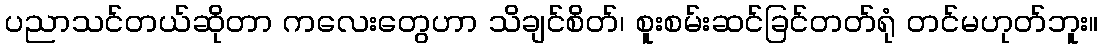
ပညာသင်တယ်ဆိုတာ ကလေးတွေဟာ သိချင်စိတ်၊ စူးစမ်းဆင်ခြင်တတ်ရုံ တင်မဟုတ်ဘူး။